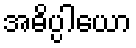
အဓိပ္ပါယော